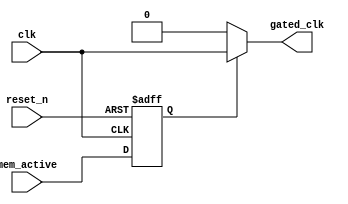
module clock_gating(
    input wire clk,           // Main clock input
    input wire reset_n,      // Active-low reset signal
    input wire mem_active,    // Control signal indicating memory block is active (read/write)
    output wire gated_clk     // Gated clock output
);

// Clock Gating Control Logic
reg enable;

// Generate enable signal based on memory activity
always @(posedge clk or negedge reset_n) begin
    if (!reset_n) begin
        enable <= 1'b0; // Disable clock gating on reset
    end else begin
        // Enable clock gating when memory is active
        enable <= mem_active;
    end
end

// Clock Gating Cell
assign gated_clk = (enable) ? clk : 1'b0; // Gated clock output
// When enable is low, gated_clk is 0; otherwise, it follows clk.

endmodule